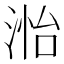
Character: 𮳊